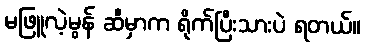
မဖြူလဲ့မွန် ဆီမှာက ရိုက်ပြီးသားပဲ ရတယ်။